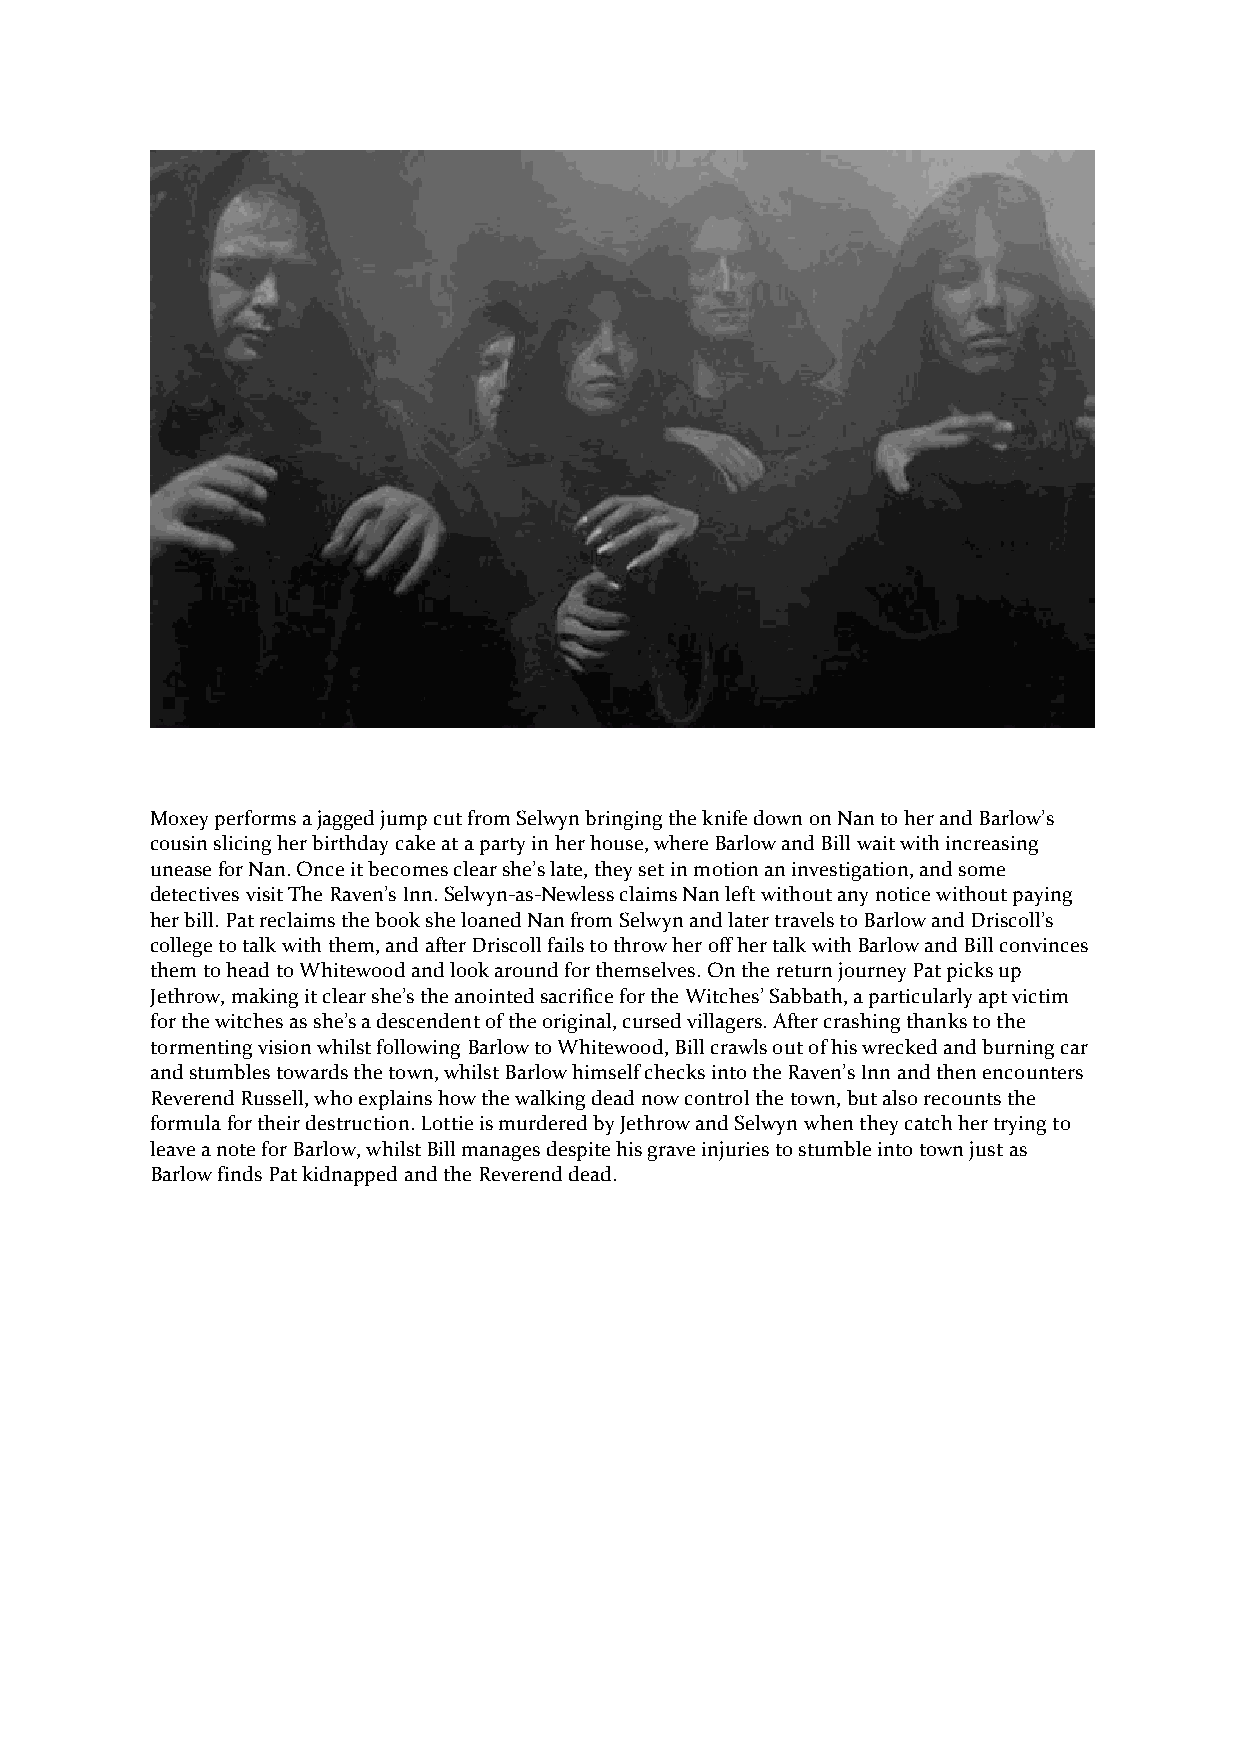
Moxey performs a jagged jump cut from Selwyn bringing the knife down on Nan to her and Barlow’s
 cousin slicing her birthday cake at a party in her house, where Barlow and Bill wait with increasing
 unease for Nan. Once it becomes clear she’s late, they set in motion an investigation, and some
 detectives visit The Raven’s Inn. Selwyn-as-Newless claims Nan left without any notice without paying
 her bill. Pat reclaims the book she loaned Nan from Selwyn and later travels to Barlow and Driscoll’s
 college to talk with them, and after Driscoll fails to throw her off her talk with Barlow and Bill convinces
 them to head to Whitewood and look around for themselves. On the return journey Pat picks up
 Jethrow, making it clear she’s the anointed sacrifice for the Witches’ Sabbath, a particularly apt victim
 for the witches as she’s a descendent of the original, cursed villagers. After crashing thanks to the
 tormenting vision whilst following Barlow to Whitewood, Bill crawls out of his wrecked and burning car
 and stumbles towards the town, whilst Barlow himself checks into the Raven’s Inn and then encounters
 Reverend Russell, who explains how the walking dead now control the town, but also recounts the
 formula for their destruction. Lottie is murdered by Jethrow and Selwyn when they catch her trying to
 leave a note for Barlow, whilst Bill manages despite his grave injuries to stumble into town just as
 Barlow finds Pat kidnapped and the Reverend dead.